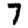
Digit: 7